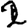
Digit: 2